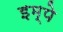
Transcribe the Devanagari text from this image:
इम्पे